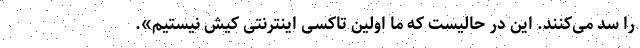
را سد می‌کنند. این در حالیست که ما اولین تاکسی اینترنتی کیش نیستیم».